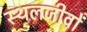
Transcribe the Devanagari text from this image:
स्थलजीवों